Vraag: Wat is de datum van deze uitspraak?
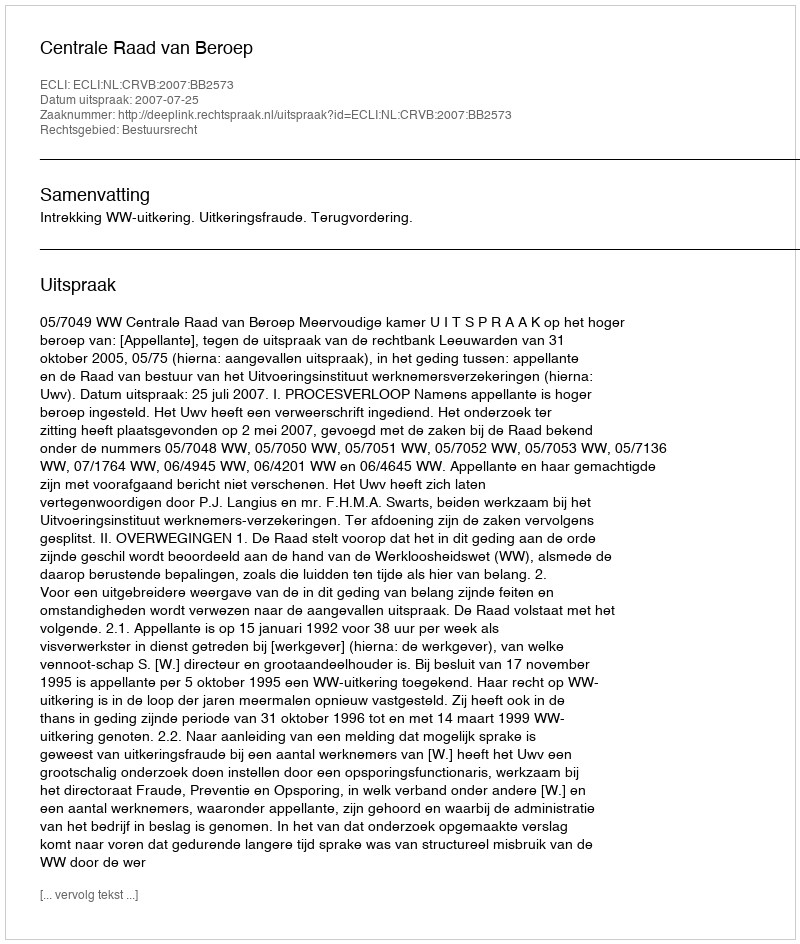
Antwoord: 2007-07-25